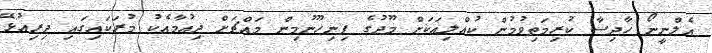
އެލްނީނޯ ހާދިސާ ކުރިމަތިވުމުން ކުއްލިއަކަށް މޫދުގެ ފިނިހޫނުމިން މައްޗަށް ދިއުމާއެކު މުރަކައިގައި ދިރިއުޅޭ